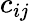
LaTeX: c_{ij}